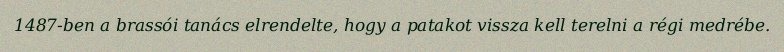
1487-ben a brassói tanács elrendelte, hogy a patakot vissza kell terelni a régi medrébe.